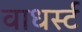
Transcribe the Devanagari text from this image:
वाधर्स्ट